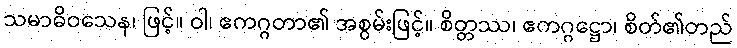
သမာဓိဝသေန၊ ဖြင့်။ ဝါ၊ ဧကဂ္ဂတာ၏ အစွမ်းဖြင့်။ စိတ္တဿ၊ ဧကဂ္ဂဋ္ဌော၊ စိတ်၏တည်